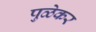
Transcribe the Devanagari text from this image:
पुळेकर